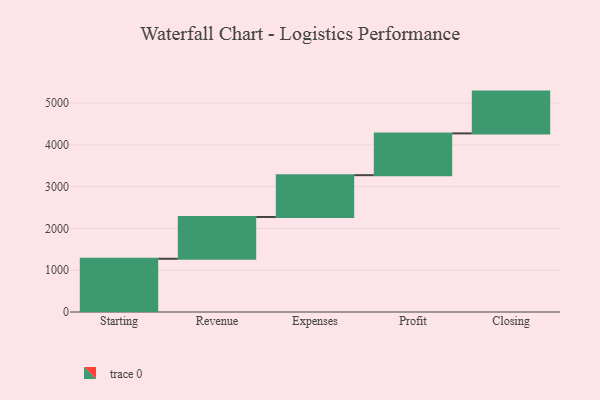
{"axis": {"x": "Step", "y": "Value"}, "legend": [""], "data": [{"x": "Starting", "y": 1274.0, "type": ""}, {"x": "Revenue", "y": 1000, "type": ""}, {"x": "Expenses", "y": 1000, "type": ""}, {"x": "Profit", "y": 1000, "type": ""}, {"x": "Closing", "y": 1000, "type": ""}]}